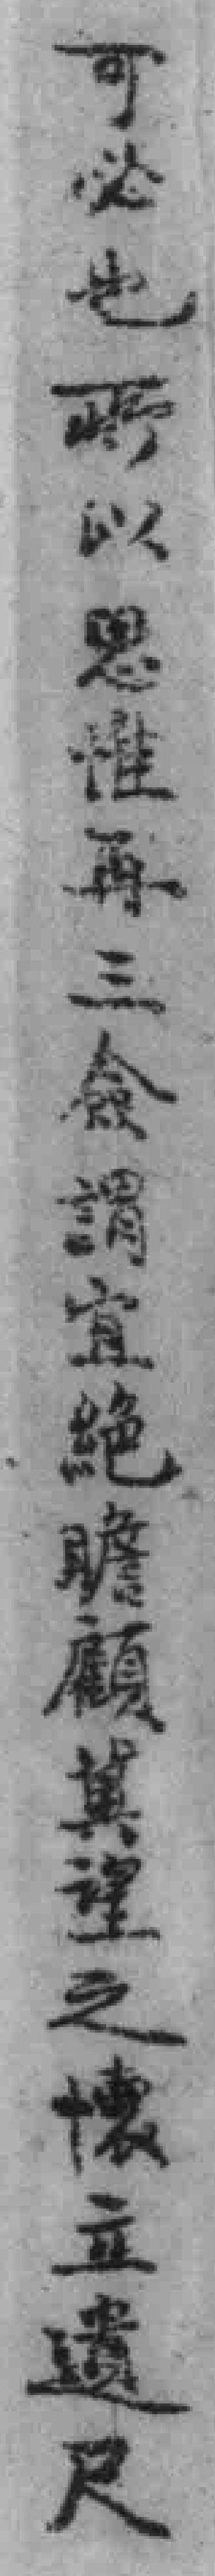
可必也所以思惟再三念謂宜絕瞻顧冀望之懷立遺尺